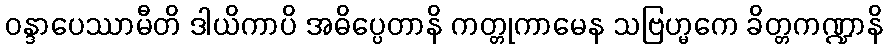
ဝန္ဒာပေဿာမီတိ ဒါယိကာပိ အဓိပ္ပေတာနိ ကတ္တုကာမေန သဗြဟ္မကေ ခိတ္တကဏ္ဍာနိ